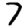
Digit: 7